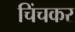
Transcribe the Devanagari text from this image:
चिंचकर